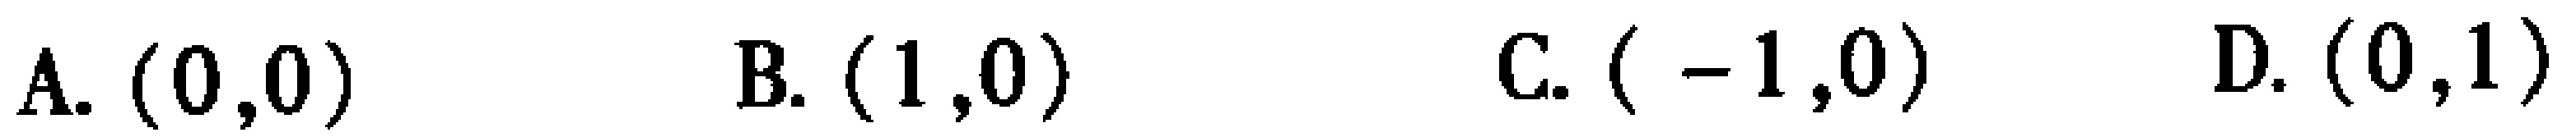
A. \((0,0)\)  B. \((1,0)\)  C. \((-1,0)\)  D. \((0,1)\)